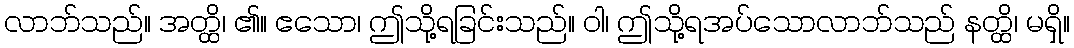
လာဘ်သည်။ အတ္ထိ၊ ၏။ ဧသော၊ ဤသို့ရခြင်းသည်။ ဝါ၊ ဤသို့ရအပ်သောလာဘ်သည် နတ္ထိ၊ မရှိ။